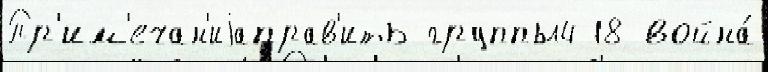
Пр'им'ечан'иjаправ'ить группы4 18 война́